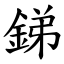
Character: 銻